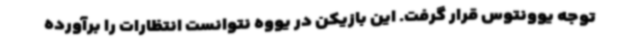
توجه یوونتوس قرار گرفت. این بازیکن در یووه نتوانست انتظارات را برآورده